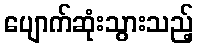
ပျောက်ဆုံးသွားသည့်